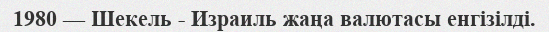
1980 — Шекель - Израиль жаңа валютасы енгізілді.